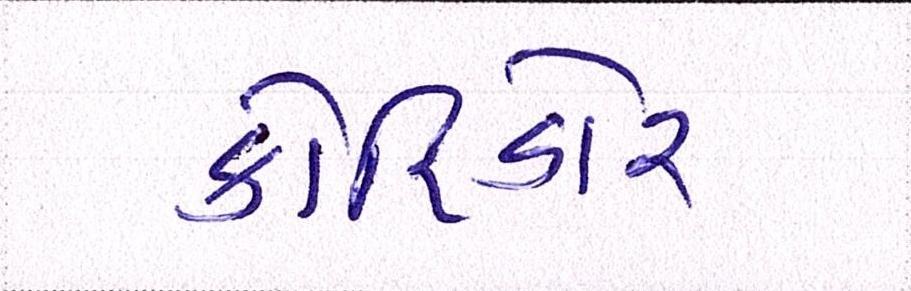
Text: કોરિડોર